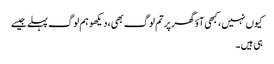
کیوں نہیں ،کبھی آؤ گھر پر تم لوگ بھی،دیکھو ہم لوگ پہلے جیسے
ہی ہیں ۔